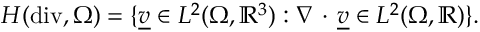
H ( \mathrm { d i v } , \Omega ) = \{ \underline { { v } } \in L ^ { 2 } ( \Omega , \mathbb { R } ^ { 3 } ) : \nabla \, \cdot \, \underline { { v } } \in L ^ { 2 } ( \Omega , \mathbb { R } ) \} .